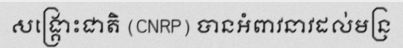
សង្គ្រោះជាតិ (CNRP) បានអំពាវនាវដល់មន្រ្